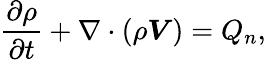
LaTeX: \frac{\partial\rho}{\partial t}+\nabla\cdot(\rho\boldsymbol{V})=Q_{n},